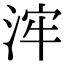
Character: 浶